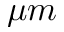
\mu m